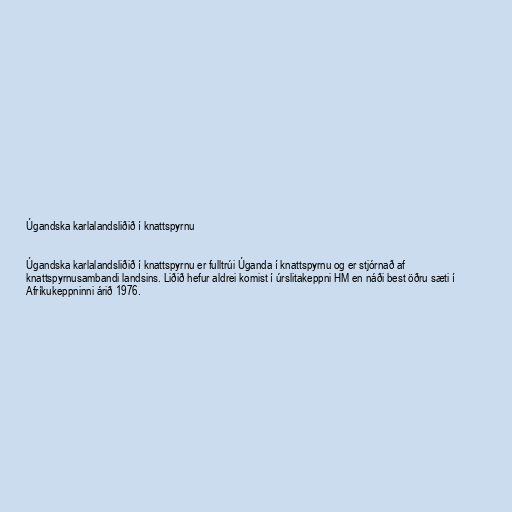
Úgandska karlalandsliðið í knattspyrnu

Úgandska karlalandsliðið í knattspyrnu er fulltrúi Úganda í knattspyrnu og er stjórnað af
knattspyrnusambandi landsins. Liðið hefur aldrei komist í úrslitakeppni HM en náði best öðru sæti í
Afríkukeppninni árið 1976.